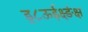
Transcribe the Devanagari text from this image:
ड्८ऊईक्ष़्ङंक्ष